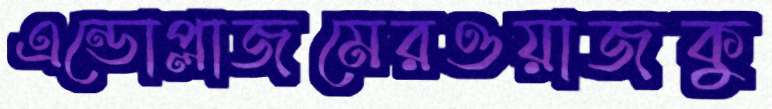
এন্ডোপ্লাজমেরওয়াজকু